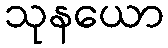
သုနယော